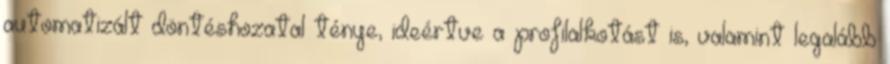
automatizált döntéshozatal ténye, ideértve a profilalkotást is, valamint legalább